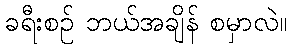
ခရီးစဉ် ဘယ်အချိန် စမှာလဲ။